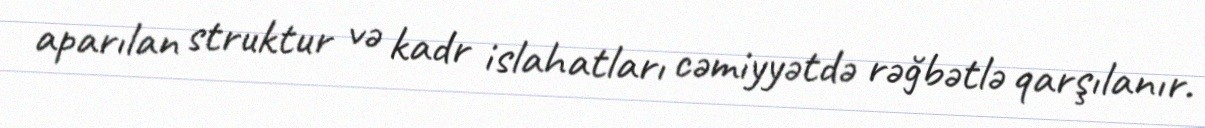
aparılan struktur və kadr islahatları cəmiyyətdə rəğbətlə qarşılanır.